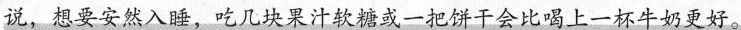
说，想要安然入睡，吃几块果汁软糖或一把饼干会比喝上一杯牛奶更好。